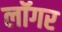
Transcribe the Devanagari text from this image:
लॉगर